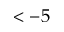
< - 5